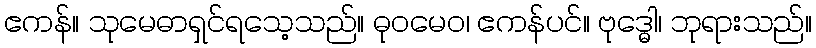
ဧကန်။ သုမေဓာရှင်ရသေ့သည်။ ဓုဝမေဝ၊ ဧကန်ပင်။ ဗုဒ္ဓေါ၊ ဘုရားသည်။